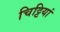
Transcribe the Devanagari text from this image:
चिट्टियां